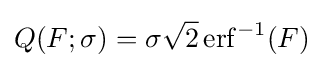
Q(F;\sigma )=\sigma {\sqrt {2}}\operatorname {erf} ^{-1}(F)